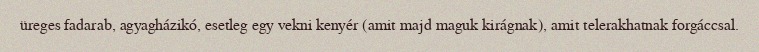
üreges fadarab, agyagházikó, esetleg egy vekni kenyér (amit majd maguk kirágnak), amit telerakhatnak forgáccsal.